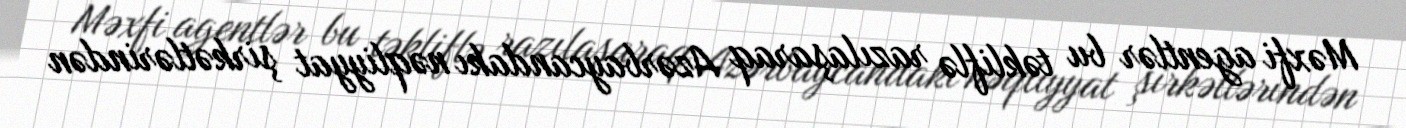
Məxfi agentlər bu təkliflə razılaşaraq Azərbaycandakı nəqliyyat şirkətlərindən